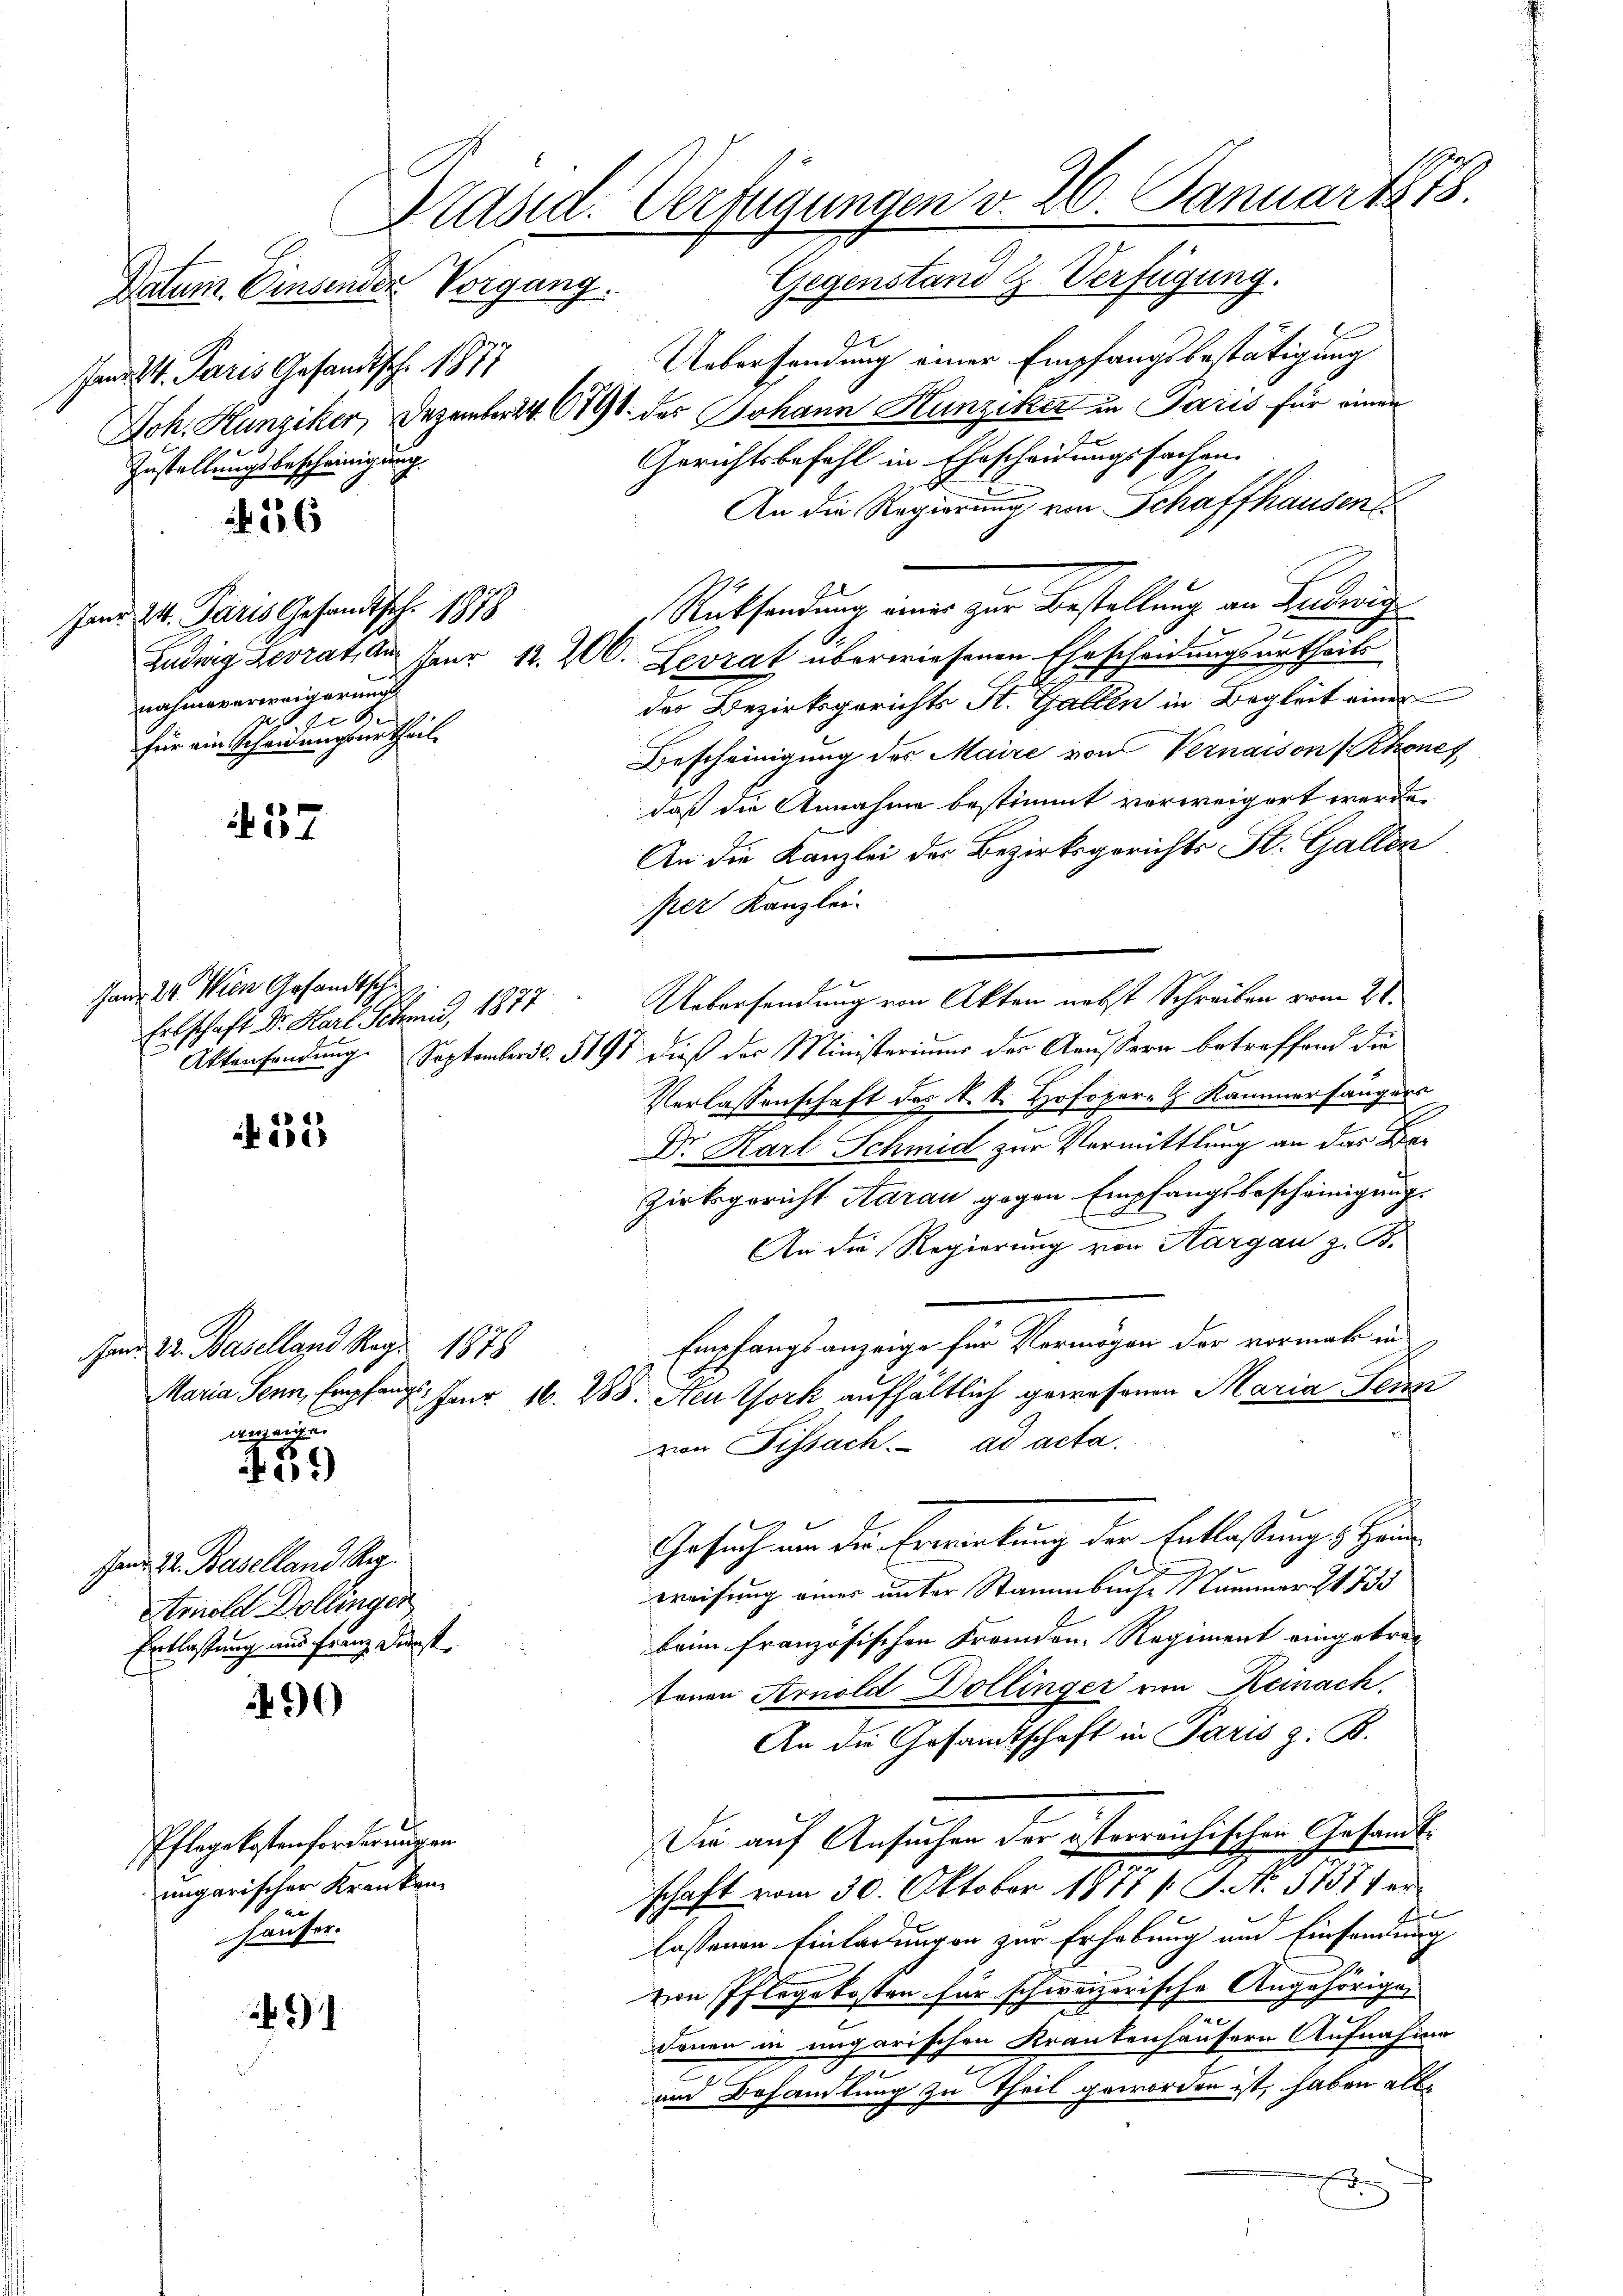
Jana v. Paris Gesandtsch. 1877
Zustellungsbescheinigung.

236

Janr. 24. Paris Gesandtsch. 1878
nahmeverweigerung
 72
für ein Schauungsurtheil.

57

fand 24. Wien Gesandtsche
Erlschaft Dr. Karl Schmid, 1877

552

Fand 22. Baselland Reg. 1878
anzaigen

439)

49

491

Hand. 22. Baselland Reg.
Arnold Dollinger
Entlassung nur fang Dunst.

Pflegekostenforderungen
ungarischer Kranken
häuser.

Präsid. Verfügungen v. 26. Januar 1878.

t
Uebersendung einer Empfangsbestätigung
Joh. Hunziker, Dezember 24. 619 des Johann Hunziker in Paris für einer
Gerichtsbefahl in Ehescheidungssachen.
An die Regierung von Schaffhausend
Rücksendung einer zur Bestellung an Beding
Ludwig Zerrat der Paur 12. 200. Levrat überwiesenen Ehescheidungsurtheils
der Bezirksgerichts St. Gallen in Begleit einer
Bescheinigung des Maire von Vernaison (Rhones
daß die Annahme bestimmt vorweigert werde.
An die Kanzlei der Bezirksgerichts St. Gallen
per Kanzlei-
.
Uebersendung von Akten nebst Schreiben vom 21.
Aktensendung. September d. 5191 dieß der Ministeriums der Aeussern betreffend die
Verlassenschaft des A. S. Hofoper.  Kammerhängers
Dr. Karl Schmid zur Vermittlung an das Da
zirksgericht Aarau gegen Empfangsbescheinigung.
An die Regierung von Aargau z. B.
Empfang anzeige her Vermögen der vermals in
Maria Senn, Empfang. Fanr 16. 288. Neu York aufhaltlich gewesenen Maria Jenn
von Fissach. ad acta.
Gesuch um die Erwartung der Entlaßung & Hande
s
weisung eines unter Stammbache Cammer 733.
beim französischen Fremden Regiment eingetrag
tonen Arnold Dollinger um Reinach.
An die Gesandtschaft in Paris z. B.
Die auf Ansuchen der österreichischen Gesandtschaft vom 30. Oktober 1877 s. S. No. 3787 erlassenen Einladungen zur Erhebung und Einsendung
von Pflegekosten für schweizerische Angehörigen
denen in ungarischen Krankenhäusern Aufnahme
A
und Behandlung zu Theil geworden ist, haben als
J

Datum Einsender Vorgang. Gegenstand & Verfügung.